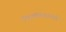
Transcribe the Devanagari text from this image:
निवडणिकांमध्ये